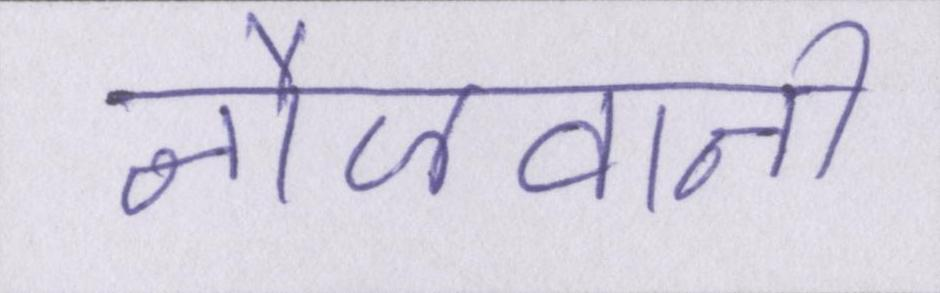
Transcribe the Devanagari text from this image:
नौजवानी